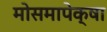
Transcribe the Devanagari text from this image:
मोसमापेक्षा